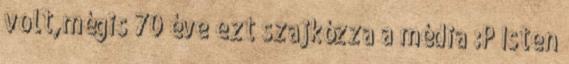
volt,mégis 70 éve ezt szajkózza a média :P Isten